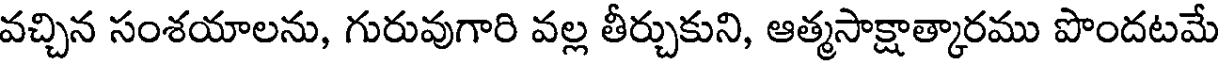
వచ్చిన సంశయాలను, గురువుగారి వల్ల తీర్చుకుని, ఆత్మసాక్షాత్కారము పొందటమే